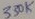
Text: 330K